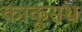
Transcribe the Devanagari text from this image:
काकूसंध